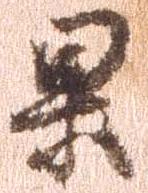
果